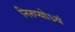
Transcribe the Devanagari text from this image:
निरुप्योऽयं